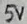
Text: 5V